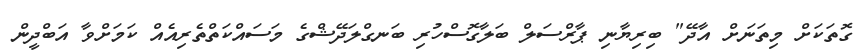
ގޮތަކަށް މިތަނަށް އާދޭ" ބިރިޔާނި ޕާރްސަލް ބަލާގޮސްހުރި ބަނގްލަދޭޝްގެ މަސައްކަތްތެރިއެއް ކަމަށްވާ އަބްދީން